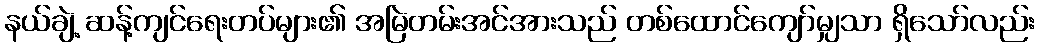
နယ်ချဲ့ ဆန့်ကျင်ရေးတပ်များ၏ အမြဲတမ်းအင်အားသည် တစ်ထောင်ကျော်မျှသာ ရှိသော်လည်း